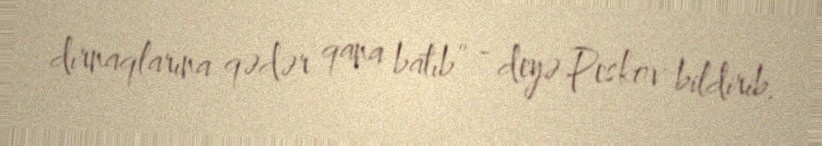
dırnaqlarına qədər qana batıb” - deyə Peskov bildirib.